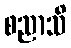
စညာသိ